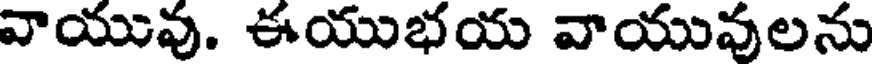
వాయువు. ఈయుభయ వాయువులను